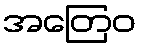
အတြေဝ